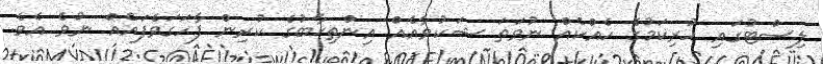
ލިސްޓުގައި ހުރިކަމުގެ ހެއްކެއް ނުވަތަ ޝަކުވާއެއް އިންތިޚާބުގެ ކުރިން ފާހަގަވެފައެއް ނުވެ އެވެ.